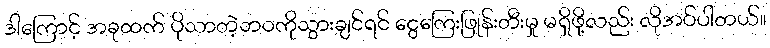
ဒါကြောင့် အခုထက် ပိုသာတဲ့ဘဝကိုသွားချင်ရင် ငွေကြေးဖြုန်းတီးမှု မရှိဖို့လည်း လိုအပ်ပါတယ်။